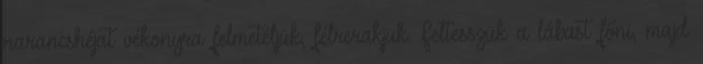
narancshéjat vékonyra felmetéljük, félrerakjuk. Feltesszük a lábast főni, majd